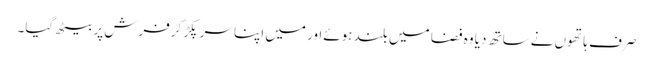
صرف ہاتھوں نےساتھ دیا وہ فضا میں بلند ہوئےاور میں اپنا سر پکڑ کرفرش پر بیٹھ گیا۔